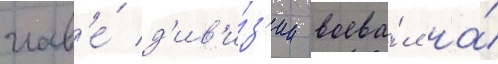
глав'е́ д'ив'и́з'ии воева́л на́